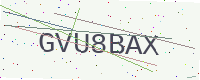
Text: GVU8BAX